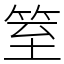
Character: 䇪